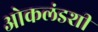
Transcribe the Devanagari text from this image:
ओकलंडशी